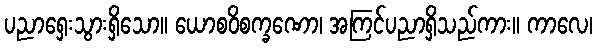
ပညာရှေးသွားရှိသော။ ယောစဝိစက္ခဏော၊ အကြင်ပညာရှိသည်ကား။ ကာလေ၊